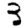
Digit: 3